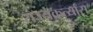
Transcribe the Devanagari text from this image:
राज्यकर्त्यांस